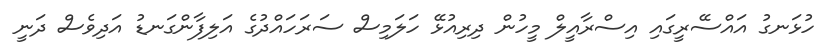
ހުޅަނގު އައްސޭރީގައި އިސްރާއީލް މީހުން ދިރިއުޅޭ ހަލަމިސް ސަރަހައްދުގެ އަލިފާންގަނޑު އަދިވެސް ދަނީ